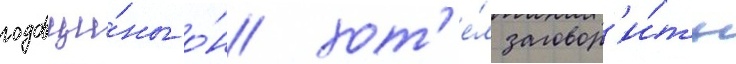
годовщи́ны о́н хот'е́л заговор'и́ть